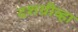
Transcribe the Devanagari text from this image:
दशग्रीव्हा